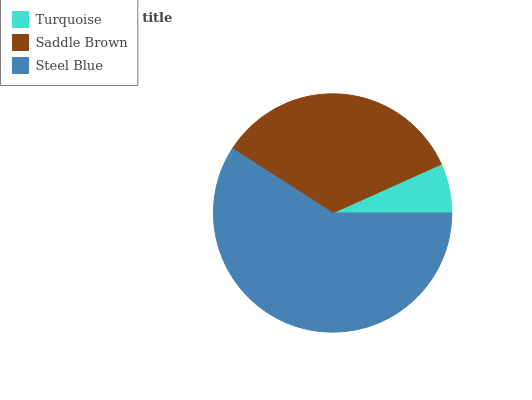
| Turquoise | Saddle Brown | Steel Blue |
 | --- | --- | --- |
 | 6.72% | 34.2% | 59.1% |